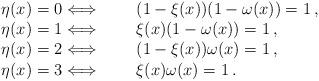
LaTeX: \begin{align*}\begin{array}{l@{\extracolsep{1cm}}l}\eta(x)=0 \Longleftrightarrow & (1-\xi(x))(1-\omega(x))=1\, , \\ \eta(x)=1 \Longleftrightarrow & \xi(x)(1-\omega(x))=1\, ,\\\eta(x)=2 \Longleftrightarrow & (1-\xi(x))\omega(x)=1\, ,\\\eta(x)=3 \Longleftrightarrow & \xi(x)\omega(x)=1\, .\\\end{array}\end{align*}